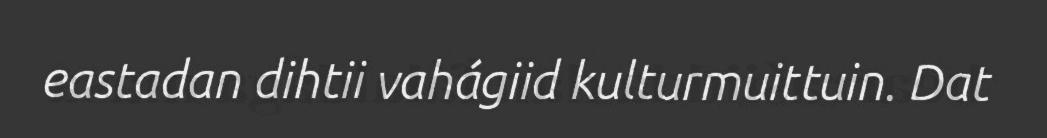
eastadan dihtii vahágiid kulturmuittuin. Dat